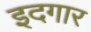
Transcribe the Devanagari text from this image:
इदगार